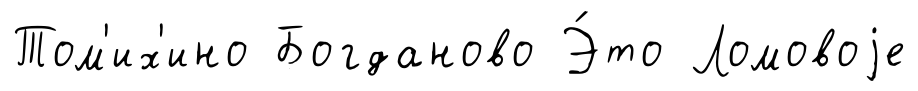
Том'их'ино Богданово Э́то Ломовоjе